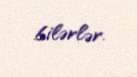
bilərlər.